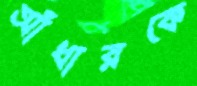
আঁধারকে